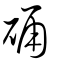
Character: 硧